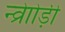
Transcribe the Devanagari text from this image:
न्व्रेाोड़ी